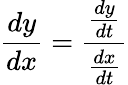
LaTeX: {\frac{dy}{dx}}={\frac{\frac{dy}{dt}}{\frac{dx}{dt}}}